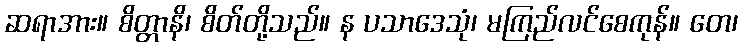
ဆရာအား။ စိတ္တာနိ၊ စိတ်တို့သည်။ န ပသာဒေသုံ၊ မကြည်လင်စေကုန်။ တေ၊